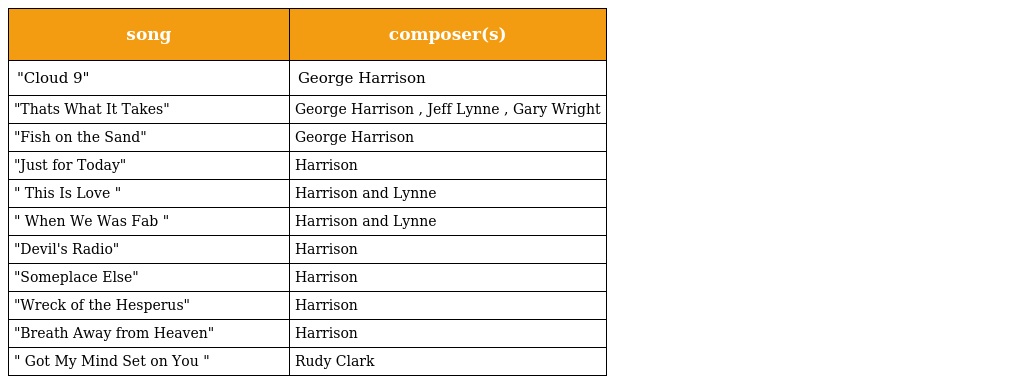
| song | composer(s) |
 | --- | --- |
 | "Cloud 9" | George Harrison |
 | "Thats What It Takes" | George Harrison , Jeff Lynne , Gary Wright |
 | "Fish on the Sand" | George Harrison |
 | "Just for Today" | Harrison |
 | " This Is Love " | Harrison and Lynne |
 | " When We Was Fab " | Harrison and Lynne |
 | "Devil's Radio" | Harrison |
 | "Someplace Else" | Harrison |
 | "Wreck of the Hesperus" | Harrison |
 | "Breath Away from Heaven" | Harrison |
 | " Got My Mind Set on You " | Rudy Clark |